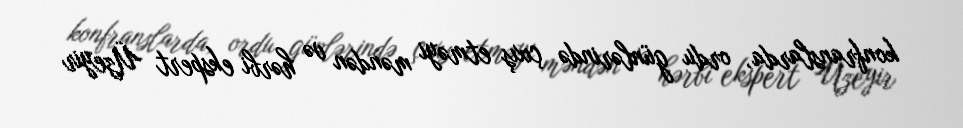
konfranslarda, ordu günlərində çıxış etməyi məndən və hərbi ekspert Üzeyir